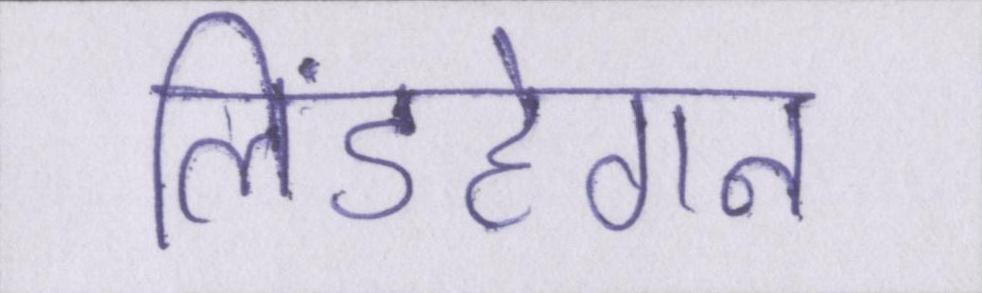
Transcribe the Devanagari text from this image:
लिंडहेगन